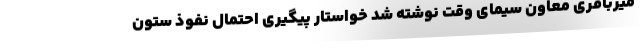
میرباقری معاون سیمای وقت نوشته شد خواستار پیگیری احتمال نفوذ ستون